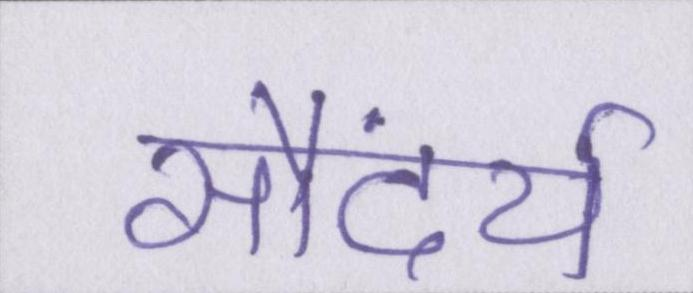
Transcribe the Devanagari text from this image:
सौंदर्य